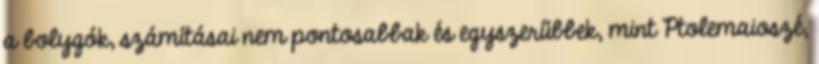
a bolygók, számításai nem pontosabbak és egyszerűbbek, mint Ptolemaioszé,